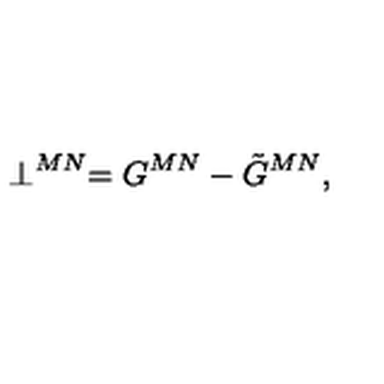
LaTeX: \perp ^ { M N } = G ^ { M N } - \tilde { G } ^ { M N } ,